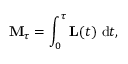
\mathbf { M } _ { \tau } = \int _ { 0 } ^ { \tau } \mathbf { L } ( t ) \ \mathrm { d } t ,